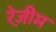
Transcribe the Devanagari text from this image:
रेज़ीम